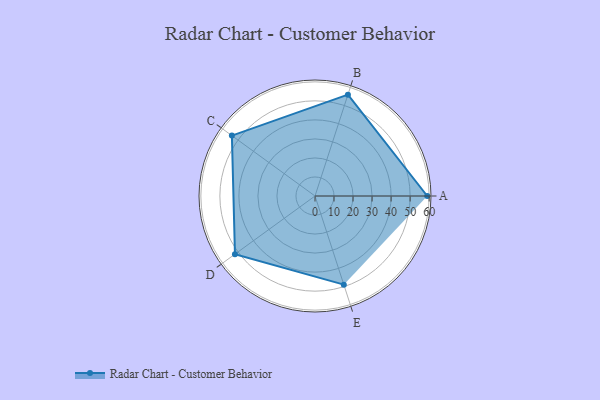
{"axis": {"x": "Skill", "y": "Score"}, "legend": ["Profile"], "data": [{"x": "A", "y": 59.0, "type": "Profile"}, {"x": "B", "y": 56.0, "type": "Profile"}, {"x": "C", "y": 54.0, "type": "Profile"}, {"x": "D", "y": 52.0, "type": "Profile"}, {"x": "E", "y": 49.0, "type": "Profile"}]}